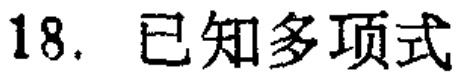
18. 已知多项式